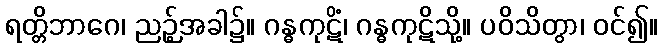
ရတ္တိဘာဂေ၊ ညဉ့်အခါ၌။ ဂန္ဓကုဋိံ၊ ဂန္ဓကုဋိသို့။ ပဝိသိတွာ၊ ဝင်၍။